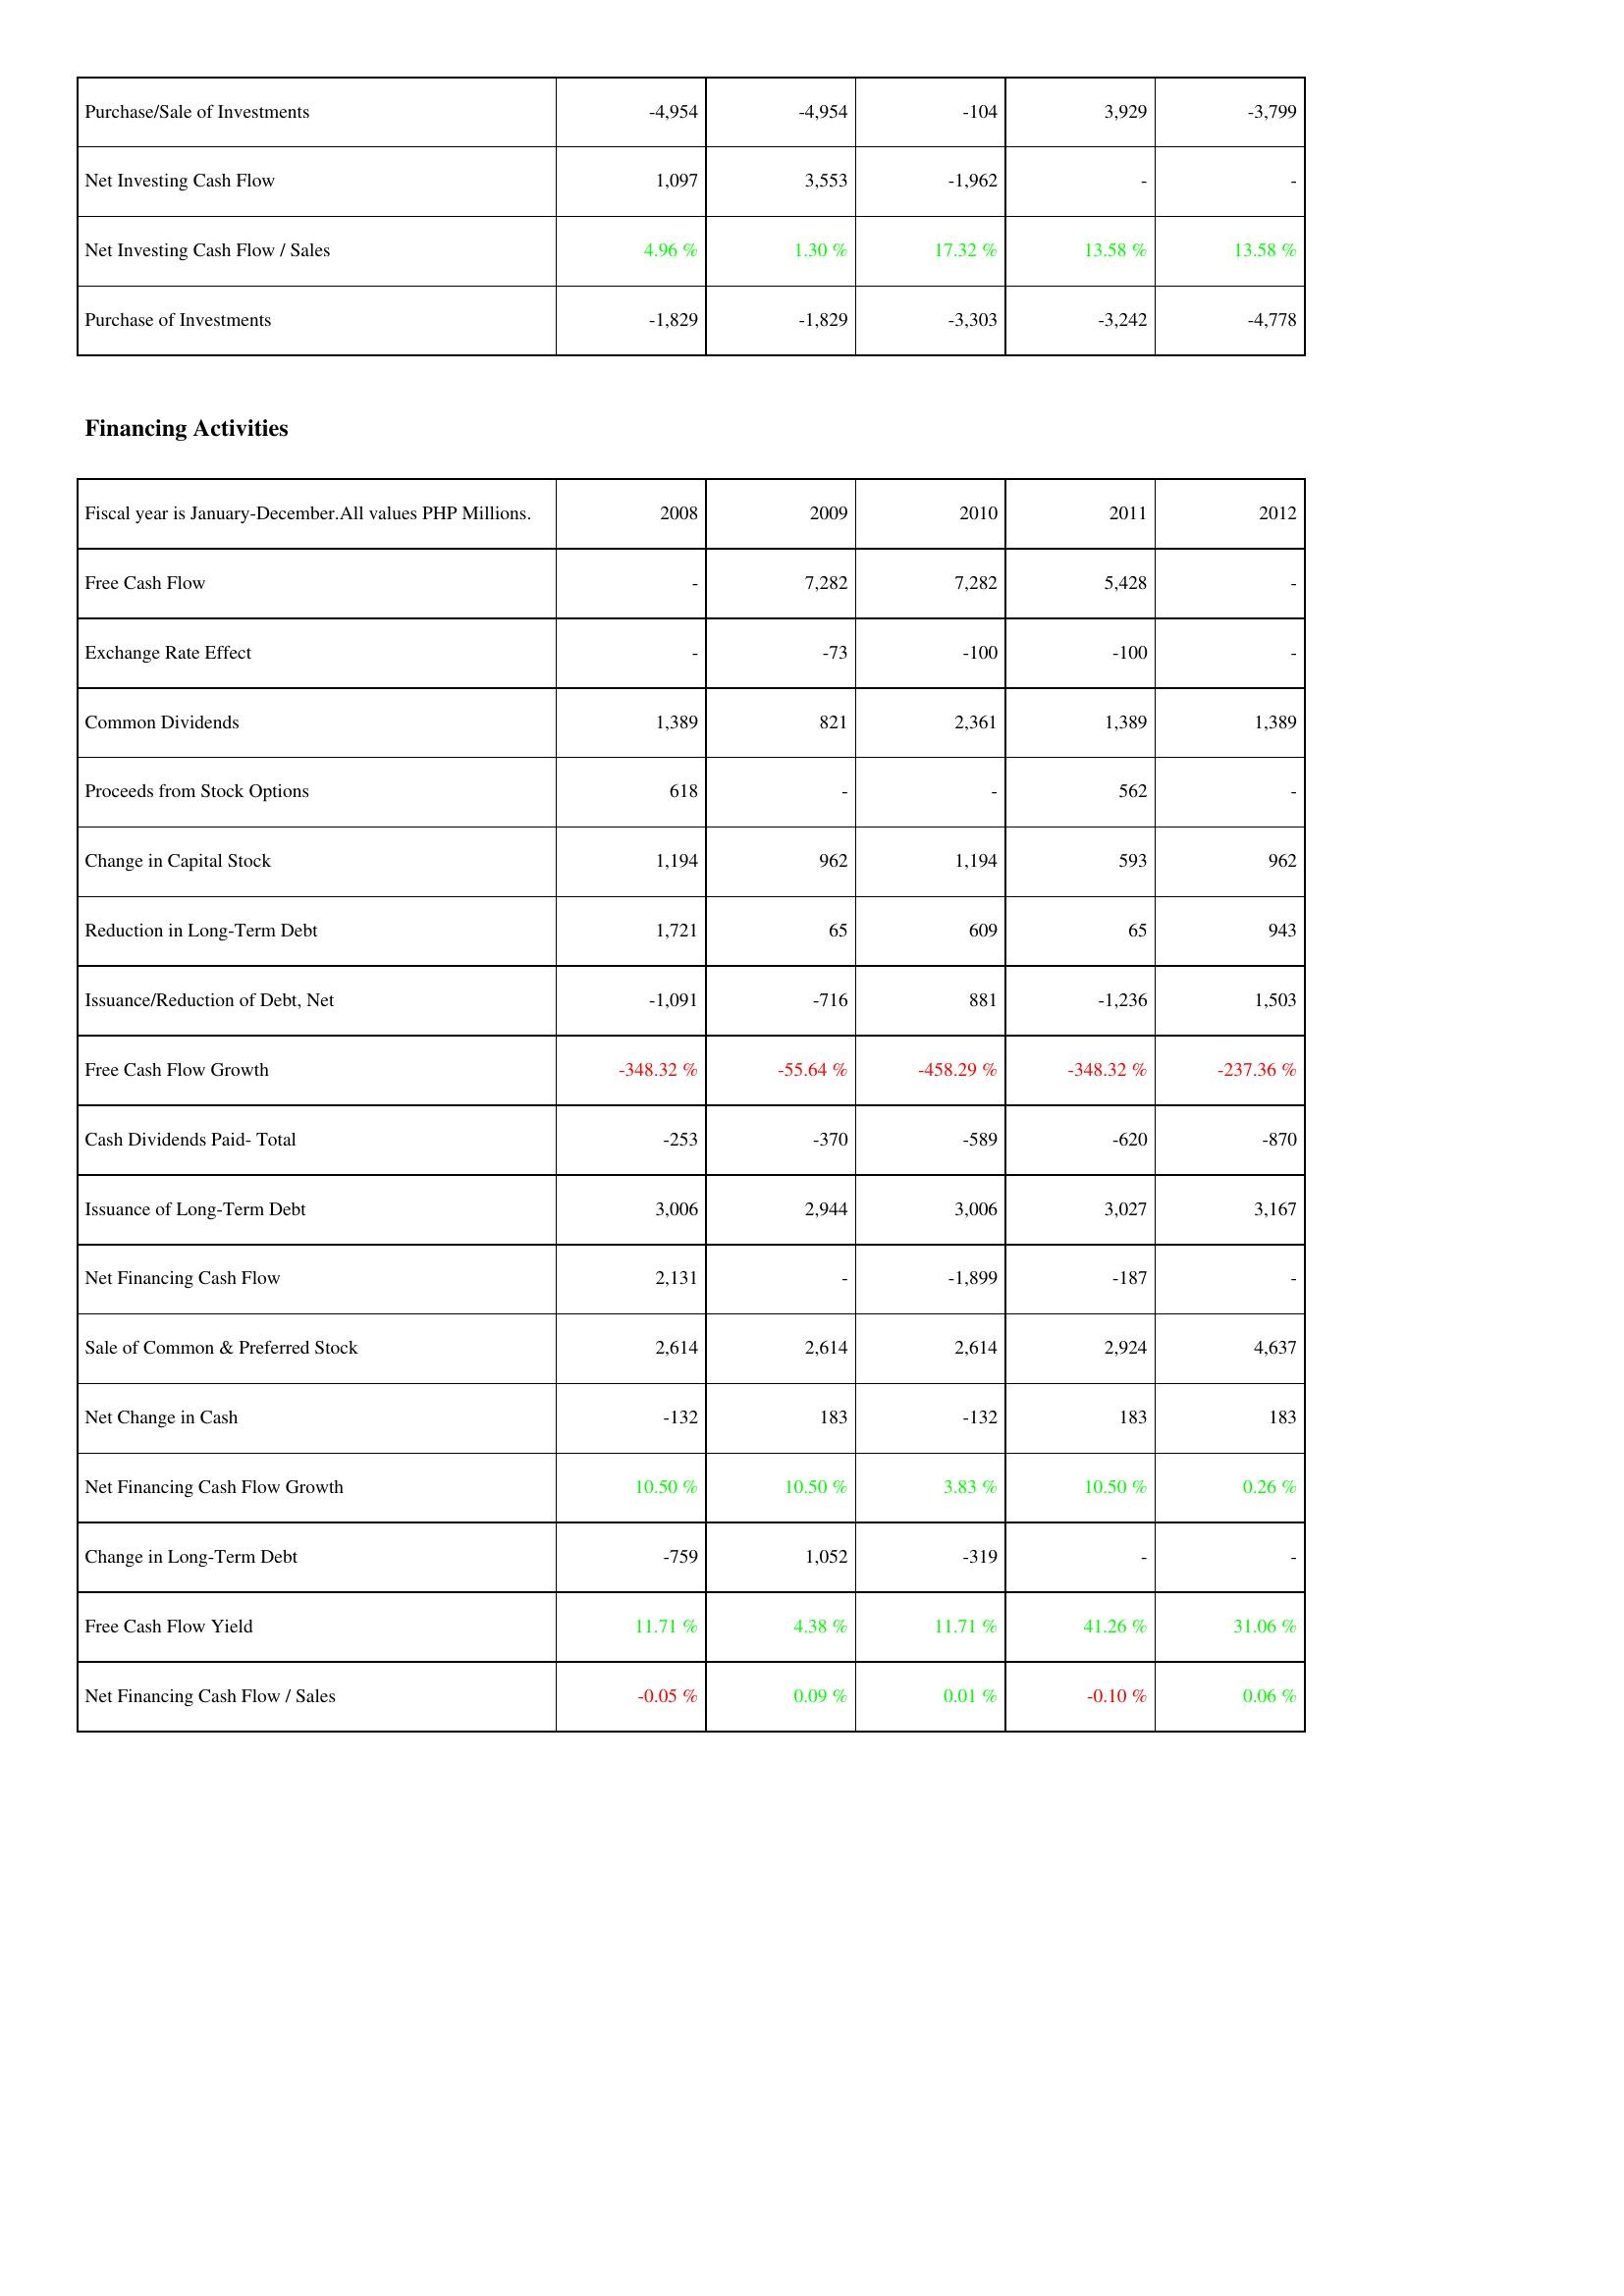
2008: Investing Activities: Purchase/Sale of Investments: -4,954
Net Investing Cash Flow: 1,097
Net Investing Cash Flow / Sales: 4.96 %
Purchase of Investments: -1,829
Financing Activities: Free Cash Flow: -
Exchange Rate Effect: -
Common Dividends: 1,389
Proceeds from Stock Options: 618
Change in Capital Stock: 1,194
Reduction in Long-Term Debt: 1,721
Issuance/Reduction of Debt, Net: -1,091
Free Cash Flow Growth: -348.32 %
Cash Dividends Paid- Total: -253
Issuance of Long-Term Debt: 3,006
Net Financing Cash Flow: 2,131
Sale of Common & Preferred Stock: 2,614
Net Change in Cash: -132
Net Financing Cash Flow Growth: 10.50 %
Change in Long-Term Debt: -759
Free Cash Flow Yield: 11.71 %
Net Financing Cash Flow / Sales: -0.05 %
2009: Investing Activities: Purchase/Sale of Investments: -4,954
Net Investing Cash Flow: 3,553
Net Investing Cash Flow / Sales: 1.30 %
Purchase of Investments: -1,829
Financing Activities: Free Cash Flow: 7,282
Exchange Rate Effect: -73
Common Dividends: 821
Proceeds from Stock Options: -
Change in Capital Stock: 962
Reduction in Long-Term Debt: 65
Issuance/Reduction of Debt, Net: -716
Free Cash Flow Growth: -55.64 %
Cash Dividends Paid- Total: -370
Issuance of Long-Term Debt: 2,944
Net Financing Cash Flow: -
Sale of Common & Preferred Stock: 2,614
Net Change in Cash: 183
Net Financing Cash Flow Growth: 10.50 %
Change in Long-Term Debt: 1,052
Free Cash Flow Yield: 4.38 %
Net Financing Cash Flow / Sales: 0.09 %
2010: Investing Activities: Purchase/Sale of Investments: -104
Net Investing Cash Flow: -1,962
Net Investing Cash Flow / Sales: 17.32 %
Purchase of Investments: -3,303
Financing Activities: Free Cash Flow: 7,282
Exchange Rate Effect: -100
Common Dividends: 2,361
Proceeds from Stock Options: -
Change in Capital Stock: 1,194
Reduction in Long-Term Debt: 609
Issuance/Reduction of Debt, Net: 881
Free Cash Flow Growth: -458.29 %
Cash Dividends Paid- Total: -589
Issuance of Long-Term Debt: 3,006
Net Financing Cash Flow: -1,899
Sale of Common & Preferred Stock: 2,614
Net Change in Cash: -132
Net Financing Cash Flow Growth: 3.83 %
Change in Long-Term Debt: -319
Free Cash Flow Yield: 11.71 %
Net Financing Cash Flow / Sales: 0.01 %
2011: Investing Activities: Purchase/Sale of Investments: 3,929
Net Investing Cash Flow: -
Net Investing Cash Flow / Sales: 13.58 %
Purchase of Investments: -3,242
Financing Activities: Free Cash Flow: 5,428
Exchange Rate Effect: -100
Common Dividends: 1,389
Proceeds from Stock Options: 562
Change in Capital Stock: 593
Reduction in Long-Term Debt: 65
Issuance/Reduction of Debt, Net: -1,236
Free Cash Flow Growth: -348.32 %
Cash Dividends Paid- Total: -620
Issuance of Long-Term Debt: 3,027
Net Financing Cash Flow: -187
Sale of Common & Preferred Stock: 2,924
Net Change in Cash: 183
Net Financing Cash Flow Growth: 10.50 %
Change in Long-Term Debt: -
Free Cash Flow Yield: 41.26 %
Net Financing Cash Flow / Sales: -0.10 %
2012: Investing Activities: Purchase/Sale of Investments: -3,799
Net Investing Cash Flow: -
Net Investing Cash Flow / Sales: 13.58 %
Purchase of Investments: -4,778
Financing Activities: Free Cash Flow: -
Exchange Rate Effect: -
Common Dividends: 1,389
Proceeds from Stock Options: -
Change in Capital Stock: 962
Reduction in Long-Term Debt: 943
Issuance/Reduction of Debt, Net: 1,503
Free Cash Flow Growth: -237.36 %
Cash Dividends Paid- Total: -870
Issuance of Long-Term Debt: 3,167
Net Financing Cash Flow: -
Sale of Common & Preferred Stock: 4,637
Net Change in Cash: 183
Net Financing Cash Flow Growth: 0.26 %
Change in Long-Term Debt: -
Free Cash Flow Yield: 31.06 %
Net Financing Cash Flow / Sales: 0.06 %